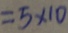
= 5 \times 1 0